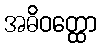
အဓိဝတ္ထော